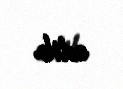
edib.